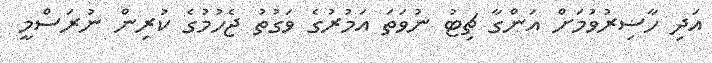
އަދި ހާޟިރުވުމަށް އަންގާ ޗިޓު ނުވަތަ އަމުރުގެ ވަގުތު ޖެހުމުގެ ކުރިން ނުރަސްމީ